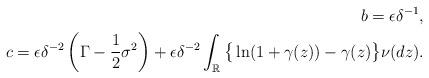
LaTeX: \begin{align*}b=\epsilon\delta^{-1},\\ c=\epsilon\delta^{-2}\left(\Gamma -\frac{1}{2}\sigma^2\right)+\epsilon\delta^{-2}\int_\mathbb{R}\big\{\ln(1+\gamma(z))-\gamma(z)\big\}\nu(dz).\end{align*}